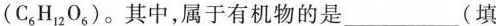
(C_{6}H_{12}O_{6})。其中，属于有机物的是___(填